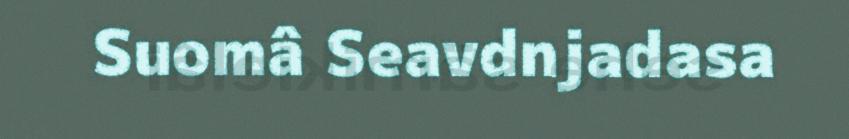
Suomâ Seavdnjadasa